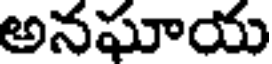
అనఘాయ